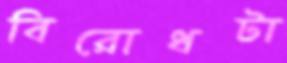
বিরোধটা